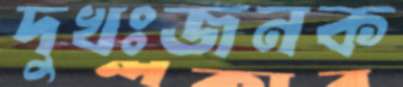
দুখঃজনক